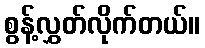
စွန့်လွှတ်လိုက်တယ်။